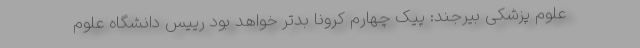
علوم پزشکی بیرجند: پیک چهارم کرونا بدتر خواهد بود رییس دانشگاه علوم